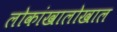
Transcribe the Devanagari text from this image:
लोकांखालोखाल